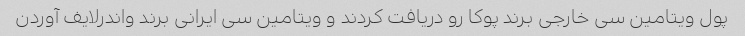
پول ویتامین سی خارجی برند پوکا رو دریافت کردند و ویتامین سی ایرانی برند واندرلایف آوردن